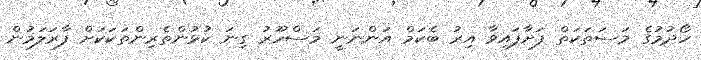
ހޯދުމުގެ މަސަތަކަތް ފަށާފައިވާ އިރު ބެކަމް އަންނަނީ މަސްހޫރު ގިނަ ކުޅުންތެރިންތަކަކަށް ފާރަލަމުން